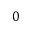
0